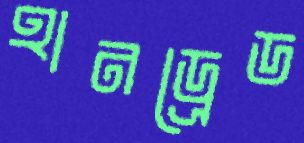
হানড্রেড